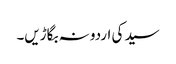
سید کی اردو نہ بگاڑیں۔